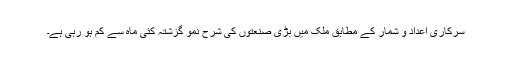
سرکاری اعداد و شمار کے مطابق ملک میں بڑی صنعتوں کی شرح نمو گزشتہ کئی ماہ سے کم ہو رہی ہے۔